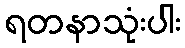
ရတနာသုံးပါး